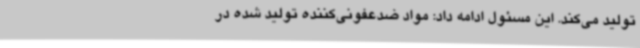
تولید می‌کند. این مسئول ادامه داد: مواد ضدعفونی‌کننده تولید شده در